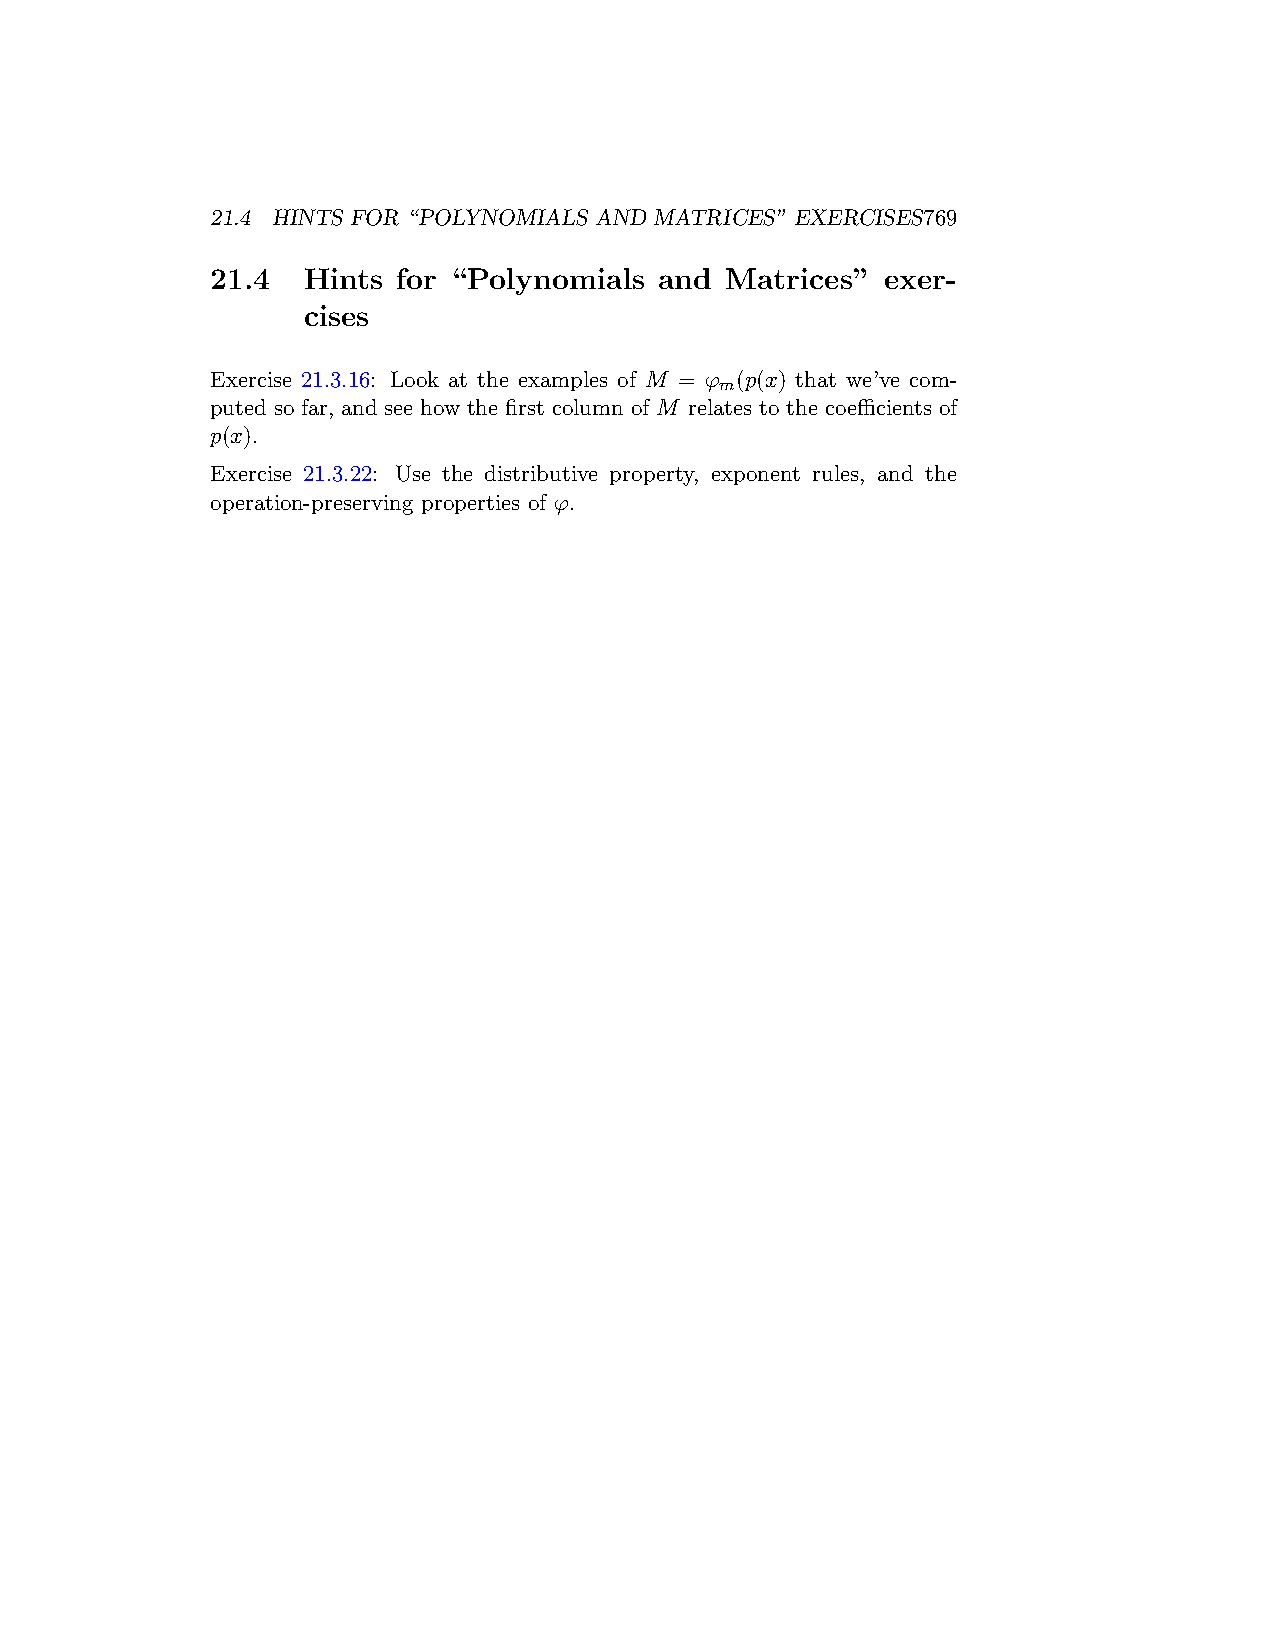
21.4 HINTS FOR “POLYNOMIALS AND MATRICES” EXERCISES769
 21.4  Hints for “Polynomials  and Matrices”  exer-
 cises
 Exercise 21.3.16: Look at the examples of M = φ (p(x) that we’ve com-
 m
 puted so far, and see how the first column of M relates to the coefficients of
 p(x).
 Exercise 21.3.22: Use the distributive property, exponent rules, and the
 operation-preserving properties of φ.